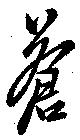
蒼